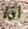
اذا